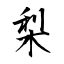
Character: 梨